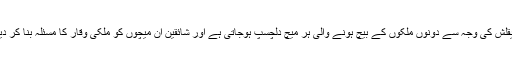
کہا جاتا ہے کہ جس طرح سے جنوب ایشیا میں ہندو پاک کے مابین سیاسی چیقلش کی وجہ سے دونوں ملکوں کے بیچ ہونے والی ہر میچ دلچسپ ہوجاتی ہے اور شائقین ان میچوں کو ملکی وقار کا مسئلہ بنا کر دیکھتے ہیں ،اسی طرح استنبول میں ہونے والی یہ میچ وقار کا مسئلہ بنا ہوا تھا۔